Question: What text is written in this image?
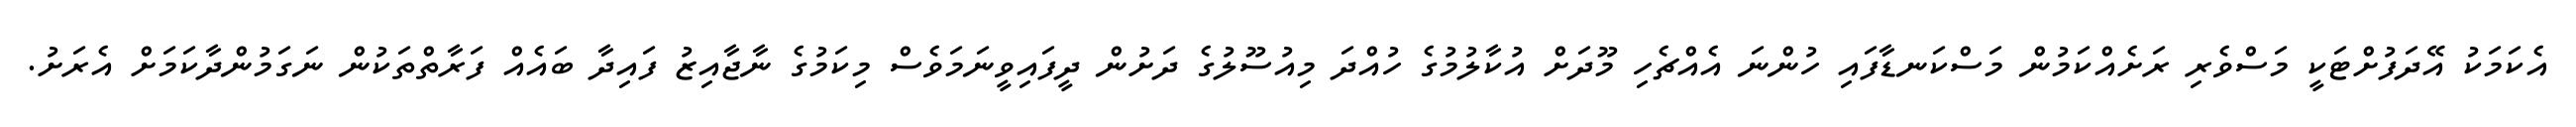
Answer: އެކަމަކު އޭދަފުށްޓަކީ މަސްވެރި ރަށެއްކަމުން މަސްކަނޑާފައި ހުންނަ އެއްޗެހި މޫދަށް އުކާލުމުގެ ހުއްދަ މިއުސޫލުގެ ދަށުން ދީފައިވީނަމަވެސް މިކަމުގެ ނާޖާއިޒު ފައިދާ ބައެއް ފަރާތްތަކުން ނަގަމުންދާކަމަށް އެރަށު.